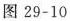
图 29-10